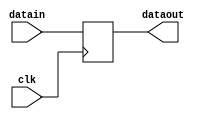
`timescale 1ns / 1ps
/////////////////////////////////////////////////////////////////////////////////
// 		
// 		AD
// : 			
// : 	   		XLX
// :        20110815 
// :    		DATA_LATCH 
// :   		MultiFunctionSampProc
// : 		EP2S60F1020I4
// :  		QII7.2
// 		V1.1
// : 
/////////////////////////////////////////////////////////////////////////////////
module	DATA_LATCH
(
	clk,
	datain,
	dataout
);
//////////////////////////////////////////////////////////////////////////////////
//IO//
//////////////////////////////////////////////////////////////////////////////////
input											clk;
input		[11:0]								datain;
output reg	[11:0]								dataout;
/*********************************************************************************/
/***********************************************************************/
/*********************************************************************************/ 
	always @(negedge clk) 
begin
	dataout <= datain;
end
/*********************************************************************************/
/***********************************************************************/
/*********************************************************************************/                                                                                                                                                                                                                                                                                                                                           
endmodule